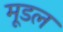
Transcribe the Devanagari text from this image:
मूडल